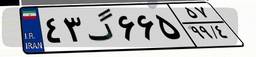
۶۳گ۰۲۳۸۴